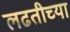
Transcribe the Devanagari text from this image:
लढतीच्या